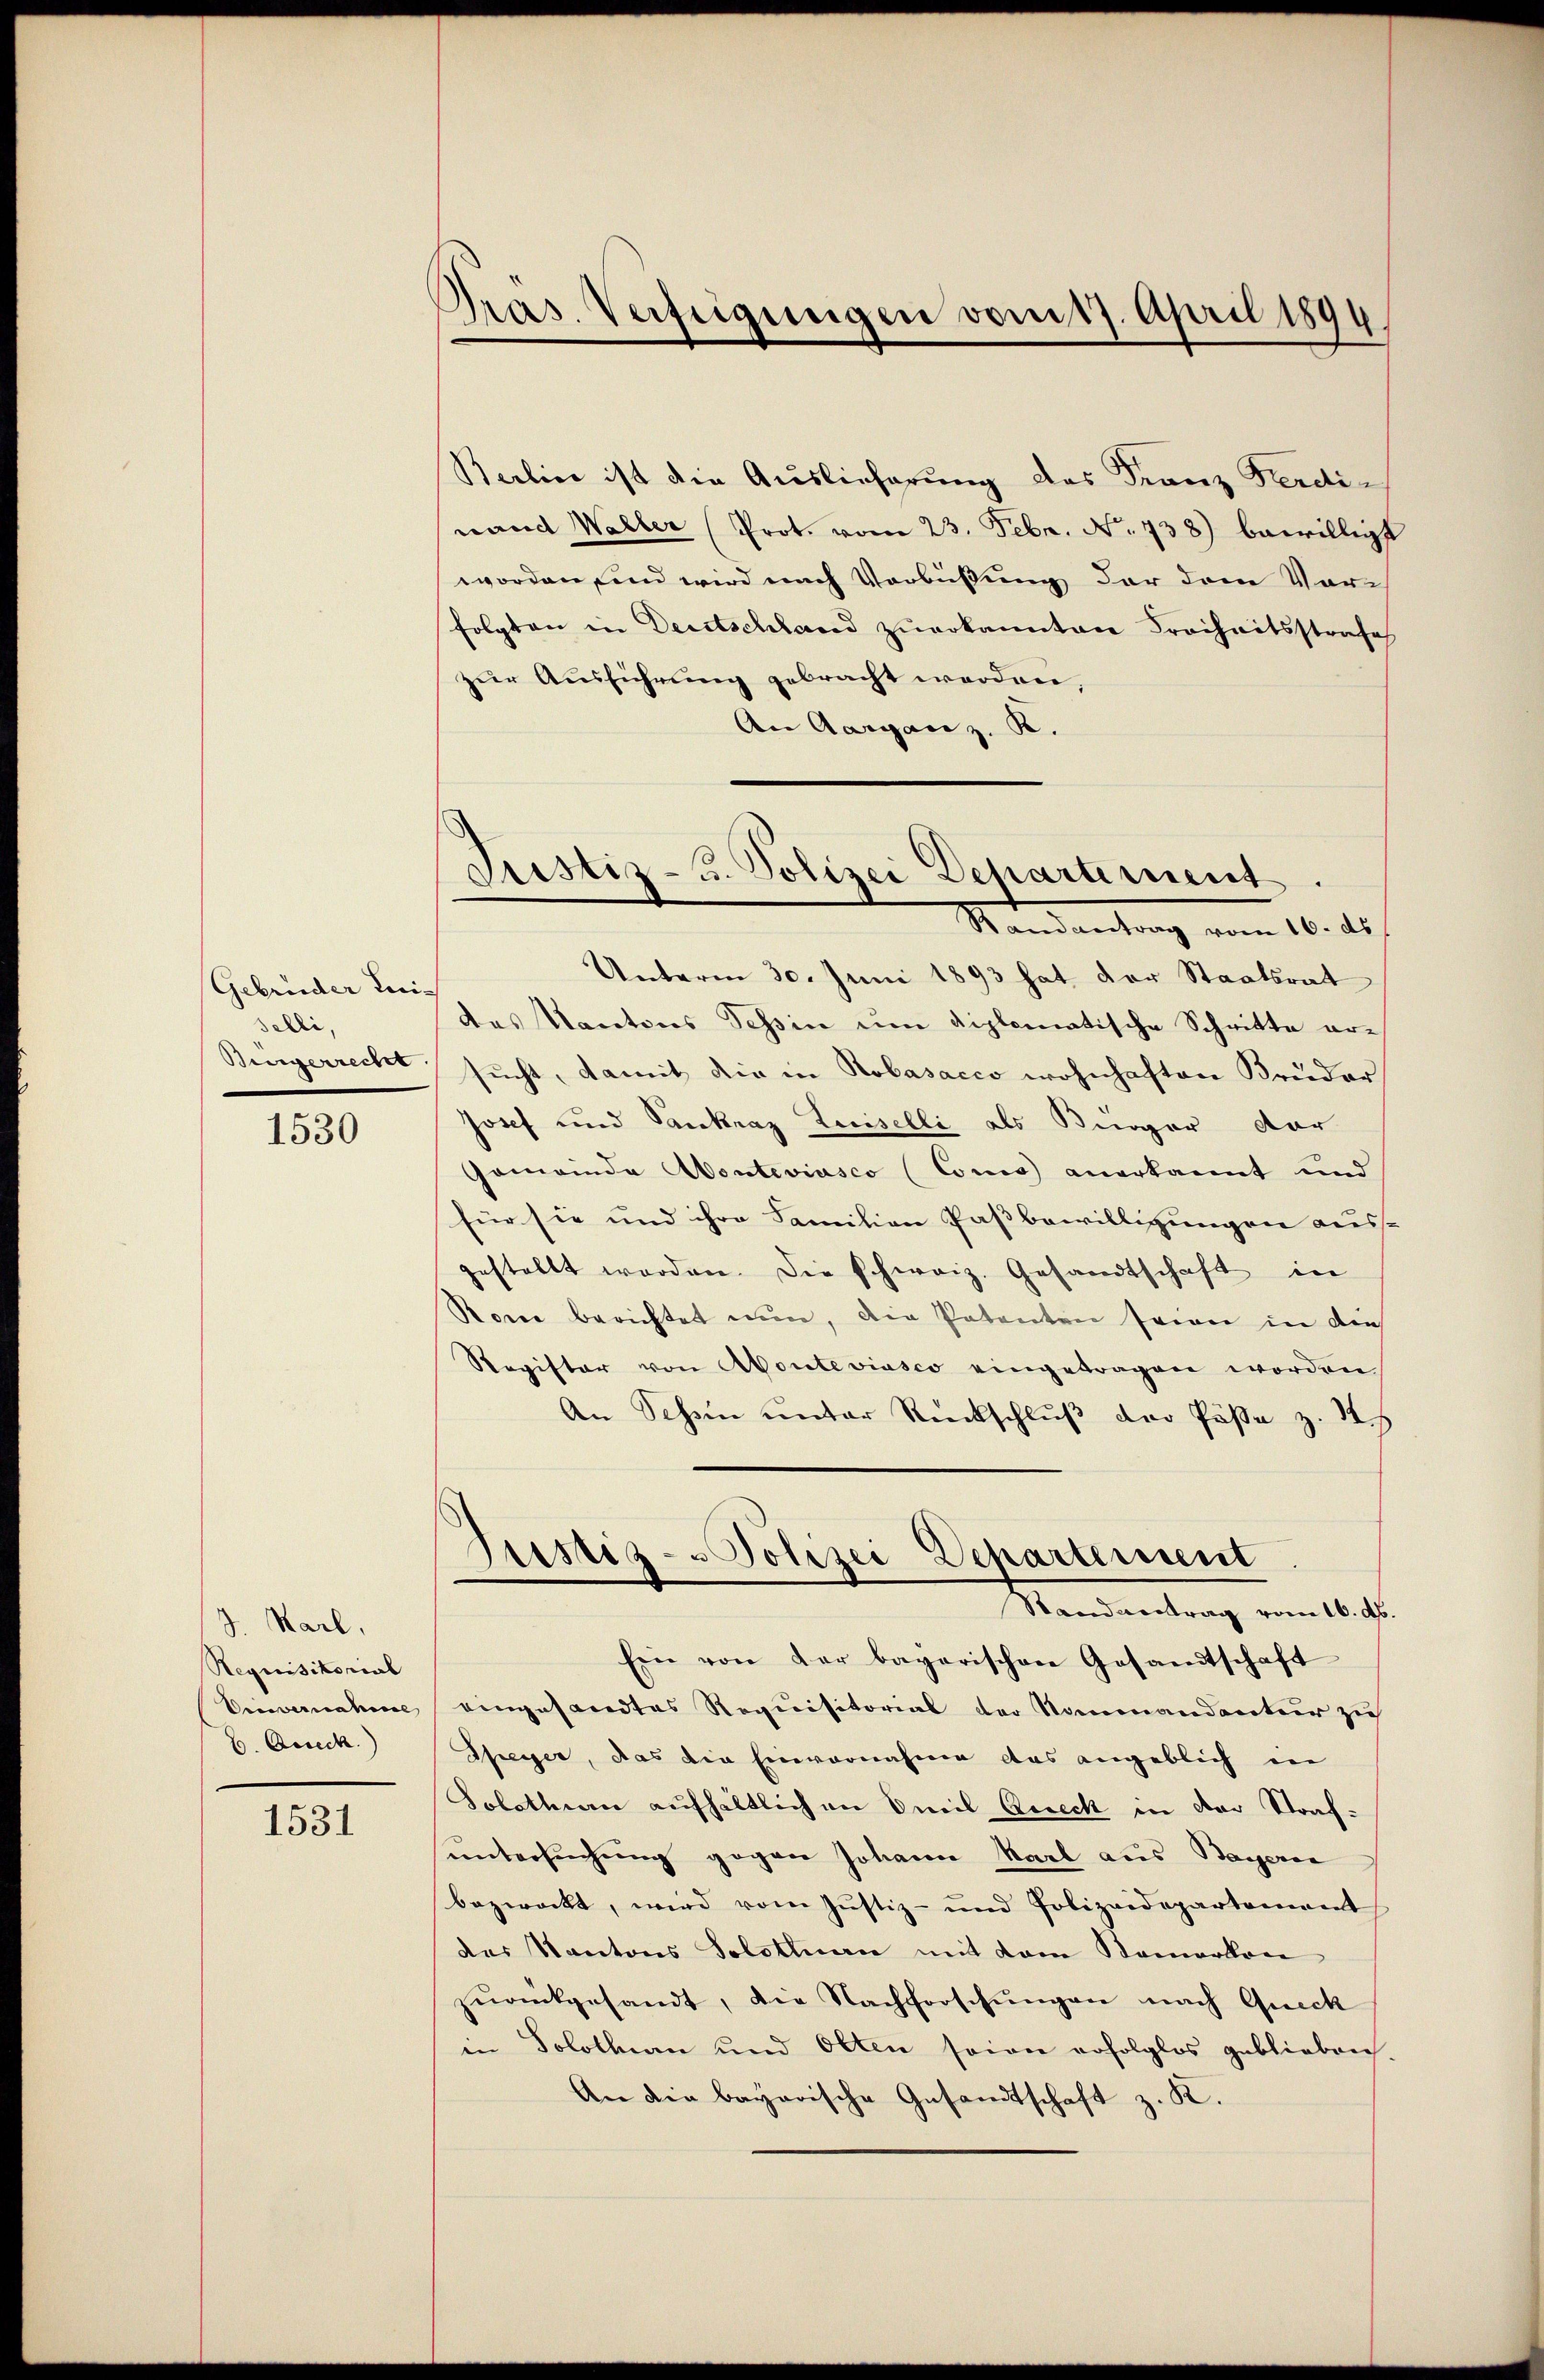
Gebrüder Lei-
selli,
Bürgerrecht.

1530

J. Karl,
Requisitorial
ccevernahme
6. Deseck

1531

Pras. Verfügungen vom 17. April 1894

Justiz- u. Polizei Departement
Mandantung vom 16. ds.

Berlin ist die Auslieferung des Franz Ferdinand Waller (Prot. vom 23. Febr. No. 738) bewilligt
worden sind wird nach Verbüßung der dem Vorfolgten in Deutschland zuerkannten Freiheitsstrafe
zur Ausführung gebracht werden,
An Aarganz. R.
Unterm 30. Juni 1893 hat der Staatsrat
des Kantons Tessin um diplomatische Schritte ersucht, damit die in Robasacco wohnhaften Bruder
Josef und Paukraz Luiselli als Bürger dar
Gemeinde Aonteviasco (Como anerkannt und
für sie und ihre Familien Passbewilligungen aus-
gestellt worden. Die schweiz. Gesandtschaft in
Rone berichtet nun, die Patenten seien in dies
Register von Monteviasco eingetragen worden
An Schein unter Rückschluß der Päße z. 14
Justiz- & Polizei Departement
Standereitung vom 10. d.
Ein von der bagarischen Gesandtschaft
eingesandtes Requisitorial der Nommandantur zu
Pfresser, das die Einvernahme das angeblich in
Solothurn aufhältlich an Emil Bereck in der Strafuntersuchung gegen Johann Karl aus Bayerce
bezweckt, wird vom Justiz- und Polizeidepartement
des Kantons Solothurn mit dem Nemerken
zŭrückgesandt, die Nachforschŭngen nach Queck
in Solothurn und Olten seine erfolglos geblieben.
An die bayarische Gesandtschaft z. K.